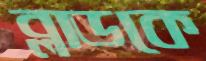
ব্লাডকে